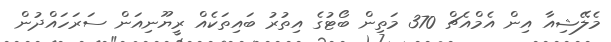
މެލޭޝިއާ އިން އެމްއެޗް 370 މަތިން ބޯޓުގެ އިތުރު ބައިތަކެއް ރީޔޫނިއަން ސަރަހައްދުން